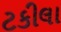
ટકીલા